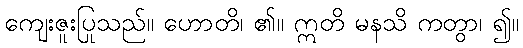
ကျေးဇူးပြုသည်။ ဟောတိ၊ ၏။ ဣတိ မနသိ ကတွာ၊ ၍။